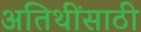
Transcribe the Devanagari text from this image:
अतिथींसाठी